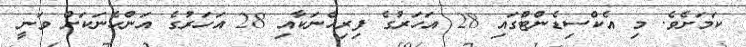
ކަމަަަށެވެ. މި އެކްސިޑެންޓްގައި 28 އަހަރުގެ ފިރިހެނަކާއި 28 އަހަރުގެ އަންހެނަކަށް ވަނީ